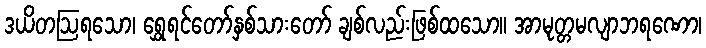
ဒယိတဩရသော၊ ရွှေရင်တော်နှစ်သားတော် ချစ်လည်းဖြစ်ထသော။ အာမုတ္တမလျာဘရဏော၊